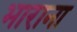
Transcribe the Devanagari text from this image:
भाराना